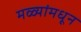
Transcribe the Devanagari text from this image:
मळ्यांमधून